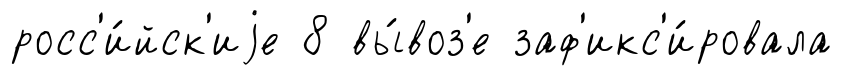
росс'и́йск'иjе 8 вы́воз'е заф'икс'и́ровала